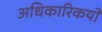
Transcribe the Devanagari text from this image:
अधिकारिकयों